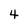
Character: 4